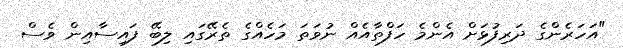
"އަހަރެންގެ ދަރިފުޅަށް އެންމެ ހަފްތާއެއް ނުވަތަ މަހެއްގެ ތެރޭގައި ލިބޭ ފައިސާއިން ވެސް